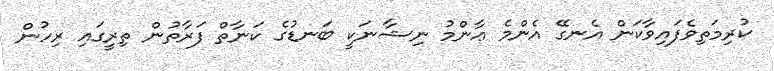
ކުރިމަތިވެފައިވާކަން އެނގޭ އެންމެ ޢާންމު ނިޝާނަކީ ބަނޑުގެ ކަނާތް ފަރާތުން ތިރީގައި ރިހުން